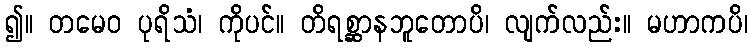
၍။ တမေဝ ပုရိသံ၊ ကိုပင်။ တိရစ္ဆာနဘူတောပိ၊ လျက်လည်း။ မဟာကပိ၊